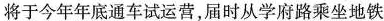
将于今年年底通车试运营，届时从学府路乘坐地铁